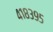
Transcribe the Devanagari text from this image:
४१८३९५